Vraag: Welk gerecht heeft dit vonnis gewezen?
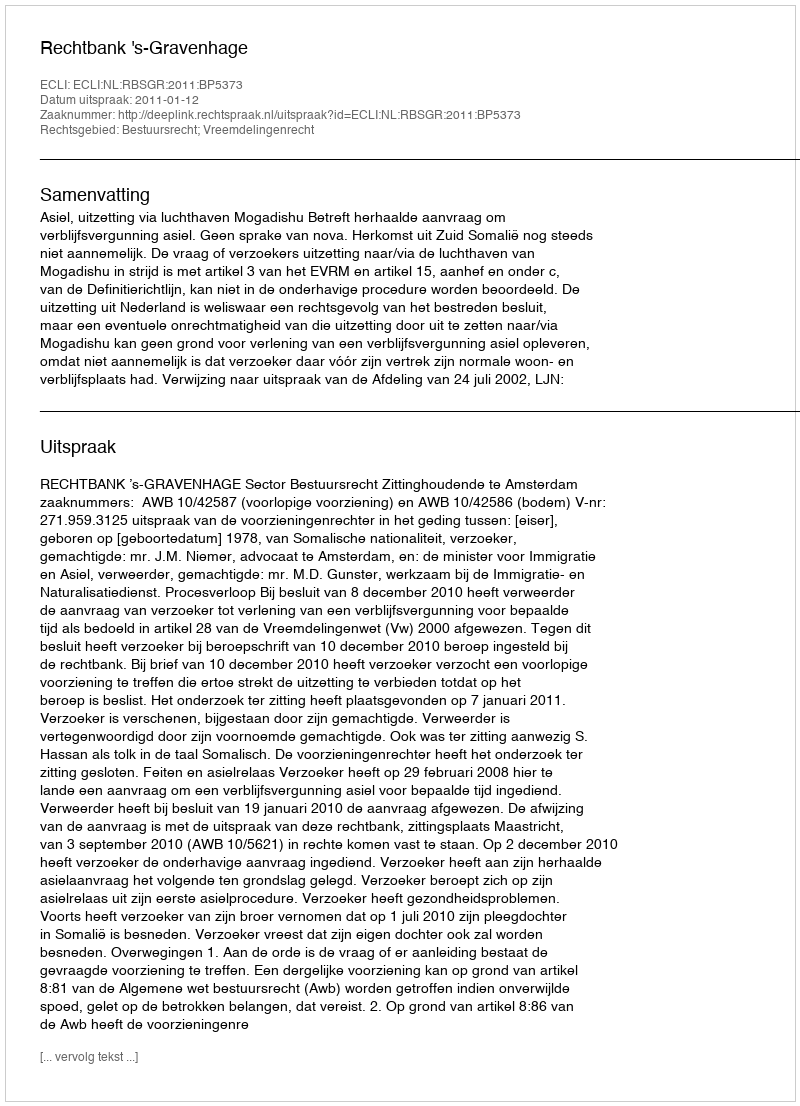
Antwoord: Rechtbank 's-Gravenhage